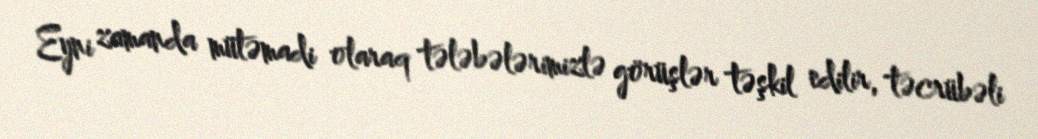
Eyni zamanda mütəmadi olaraq tələbələrimizlə görüşlər təşkil edilir, təcrübəli